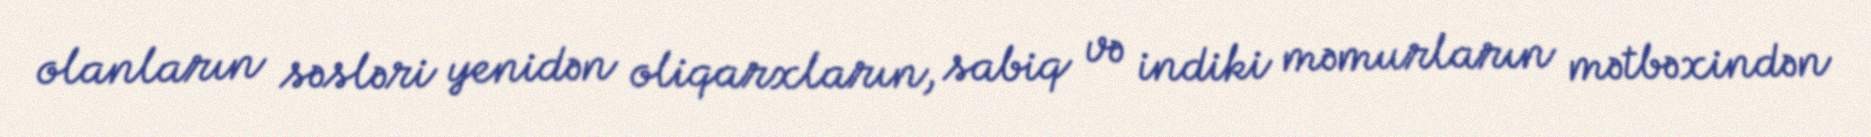
olanların səsləri yenidən oliqarxların, sabiq və indiki məmurların mətbəxindən